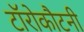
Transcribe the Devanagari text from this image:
टॉरोकौटनी